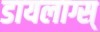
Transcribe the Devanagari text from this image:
डायलाग्स्